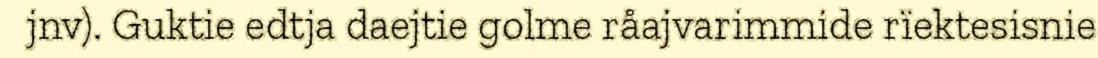
jnv). Guktie edtja daejtie golme råajvarimmide rïektesisnie